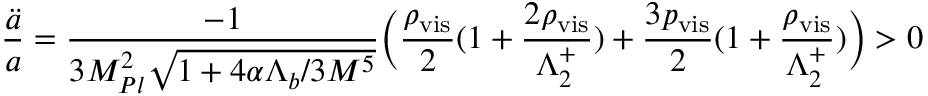
\frac { \ddot { a } } { a } = \frac { - 1 } { 3 M _ { P l } ^ { 2 } \sqrt { 1 + 4 \alpha \Lambda _ { b } / 3 M ^ { 5 } } } \bigg ( \frac { \rho _ { \mathrm { v i s } } } { 2 } ( 1 + \frac { 2 \rho _ { \mathrm { v i s } } } { \Lambda _ { 2 } ^ { + } } ) + \frac { 3 p _ { \mathrm { v i s } } } { 2 } ( 1 + \frac { \rho _ { \mathrm { v i s } } } { \Lambda _ { 2 } ^ { + } } ) \bigg ) > 0